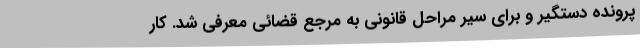
پرونده دستگیر و برای سیر مراحل قانونی به مرجع قضائی معرفی شد. کار